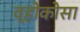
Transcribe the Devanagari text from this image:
व्होकोसा